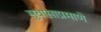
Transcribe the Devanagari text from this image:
सुवासाप्रमाणे